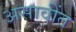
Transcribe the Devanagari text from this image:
असावींत